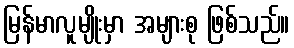
မြန်မာလူမျိုးမှာ အများစု ဖြစ်သည်။